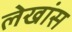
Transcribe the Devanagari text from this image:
लेखांस